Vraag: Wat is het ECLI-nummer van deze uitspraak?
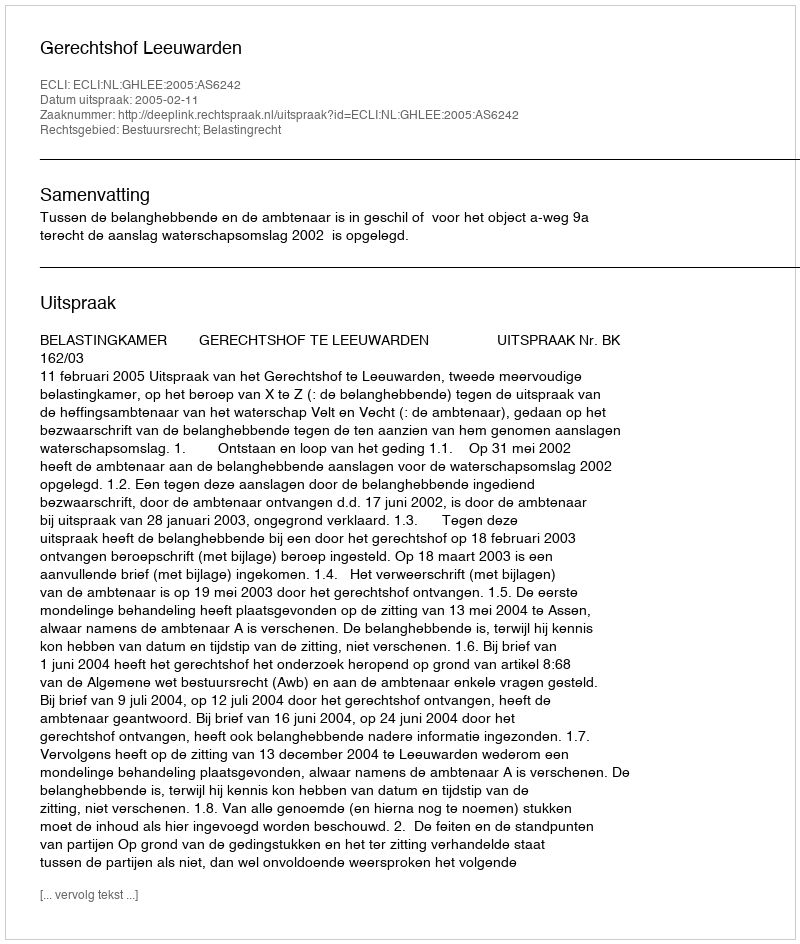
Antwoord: ECLI:NL:GHLEE:2005:AS6242